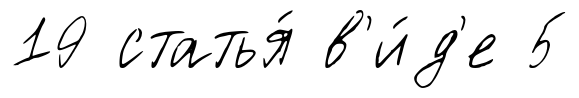
19 статья́ в'и́д'е 5